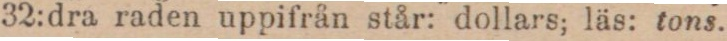
32:dra raden uppifrån står: dollars; läs: tons.